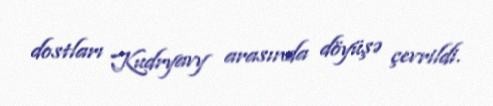
dostları Kudryavy arasında döyüşə çevrildi.